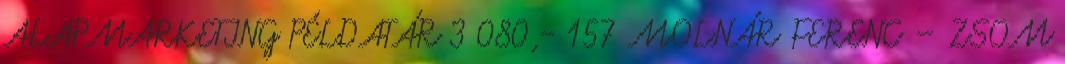
ALAPMARKETING PÉLDATÁR 3 080,- 157 MOLNÁR FERENC – ZSOM